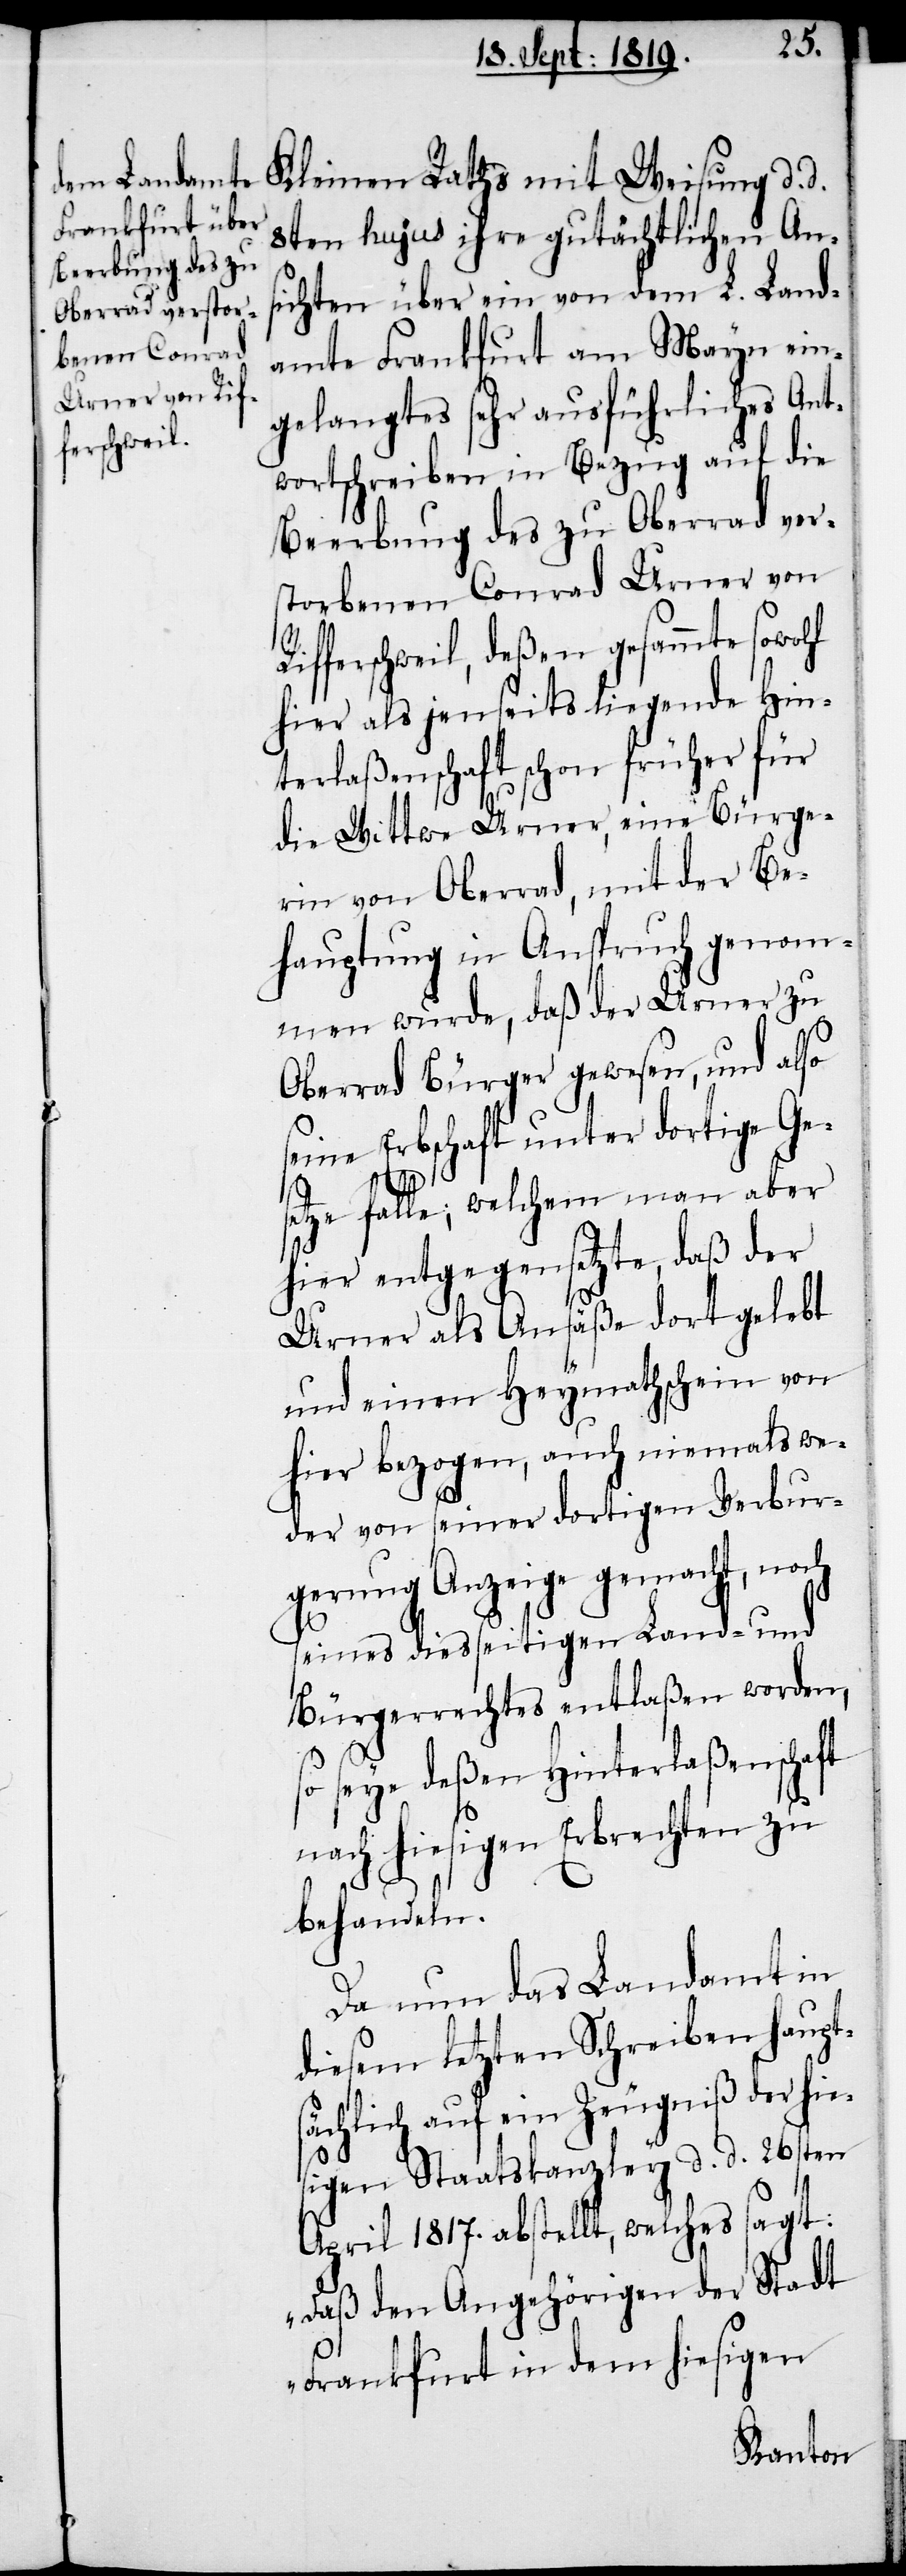
8ten hujus ihre gutächtlichen Ans¬
Beerbung des zu
ichten über ein von dem L. Land¬
Oberrad verstor¬
amte Frankfurt am Mayn ein¬
benen Conrad
Urner von Rif¬
gelangtes sehr ausführliches Ant¬
wortschreiben in Bezug auf die
ferschweil, deßen gesammte sowohl
hier als jenseits liegende Hin¬
terlaßenschaft schon früher für
die Wittwe Urner, eine Bürge¬
rin von Oberrad, mit der Be¬
hauptung in Anspruch genomm¬
en wurde, daß der Urner zu
Oberrad Bürger gewesen, und also
seine Erbschaft unter dortige Ge¬
d.
setze falle; welchem man aber
hier entgegensetzte, daß der
Urner als Ansäße dort gelobt
und einen Heymathschein von
hier bezogen, auch niemals we¬
der von seiner dortigen Verbur¬
gerung Anzeige gemacht, noch
seines diesseitigen Land- und
Bürgerrechtes entlaßen worden,
so seye deßen Hinterlaßenschaft
nach hiesigen Erbrechten zu
behandeln.
Da nun das Landamt in
diesem letzten Schreiben hautp¬
sächlich auf ein Zeugniß der hie¬
sigen Staatskanzley d. d. 26sten
April 1817. abstellt, welches sagt:
„Daß den Angehörigen der Stadt
Frankfurt in dem hiesigen